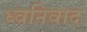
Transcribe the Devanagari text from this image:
ध्वनिवाद